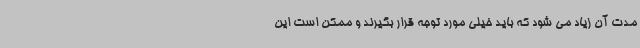
مدت آن زیاد می شود که باید خیلی مورد توجه قرار بگیرند و ممکن است این